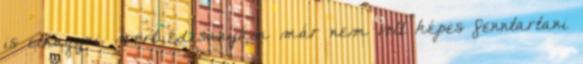
is elhagyni, mert édesanyám már nem volt képes fenntartani